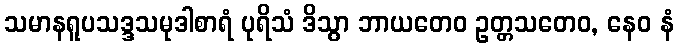
သမာနရူပသဒ္ဒသမုဒါစာရံ ပုရိသံ ဒိသွာ ဘာယတေဝ ဥတ္တသတေဝ, နေဝ နံ